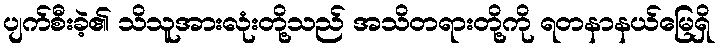
ပျက်စီးခဲ့၏ သိသူအားလုံးတို့သည် အသိတရားတို့ကို ရတနာနယ်မြေရှိ